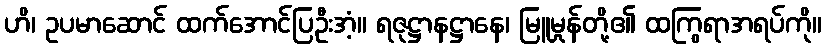
ဟိ၊ ဥပမာဆောင် ထက်အောင်ပြဦးအံ့။ ရဇုဋ္ဌာနဋ္ဌာနေ၊ မြူမှုန်တို့၏ ထကြွရာအရပ်ကို။